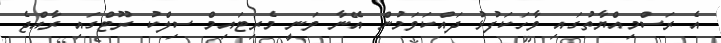
އެ ރަސްމިއްޔާތުގައި ވާހަކަފުޅު ދައްކަވަމުން އޭނާ ވަނީ މެރިޓައިމް ސިލްކު ރޫޓްގައި ރާއްޖެ